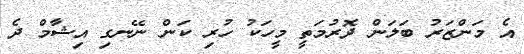
އެ މަންޒަރު ބަލަން ދޮރުމަތީ މީހަކު ހުރި ކަން ނޭނގި އިޝާމް ދެ